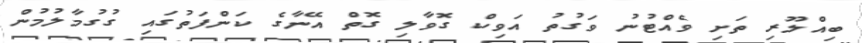
ބިއްލޫރި ތަށި ވެއްޓުނު ވަގުތު އަވިކް ގޮވާލި ގޮތް އޭނާގެ ކަންފަތުގައި ގުގުމާލުމުން